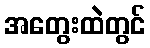
အတွေးထဲတွင်